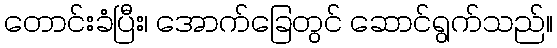
တောင်းခံပြီး၊ အောက်ခြေတွင် ဆောင်ရွက်သည်။